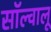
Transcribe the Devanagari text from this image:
सॉल्वालू